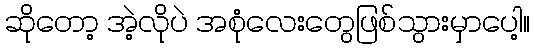
ဆိုတော့ အဲ့လိုပဲ အစုံလေးတွေဖြစ်သွားမှာပေါ့။